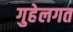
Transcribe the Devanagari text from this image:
गुहेलगत